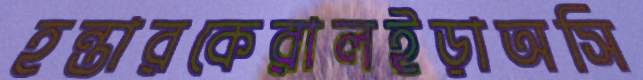
হন্তারকেরালইড়াঅসি